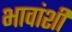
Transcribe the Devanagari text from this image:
भावांशी